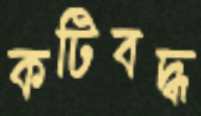
কটিবদ্ধ